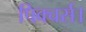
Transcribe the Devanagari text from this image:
पिक्चर्स।